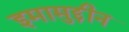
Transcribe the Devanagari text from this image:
इमामुद्दीन